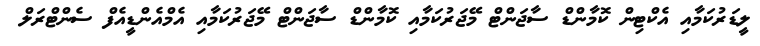
ލީޑަރުކަމާއި އެކްޓިން ކޮމާންޑް ސާޖަންޓް މޭޖަރުކަމާއި ކޮމާންޑް ސާޖަންޓް މޭޖަރުކަމާއި އެމްއެންޑީއެފް ސެންޓްރަލް